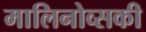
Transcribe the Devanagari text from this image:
मालिनोव्सकी